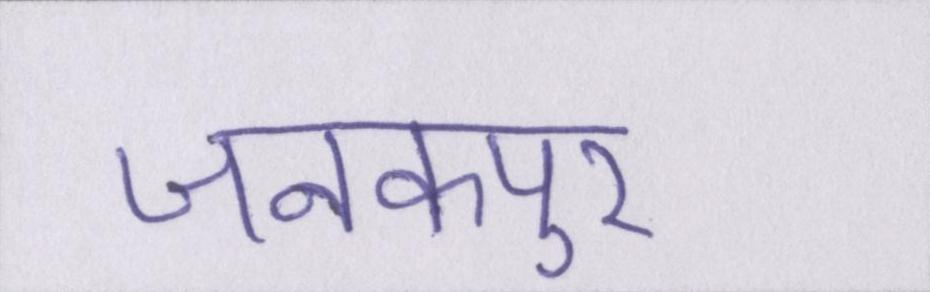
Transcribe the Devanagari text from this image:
जनकपुर